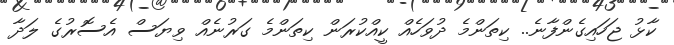
ކާޅު ޖަހައިގެންފާނެ.. ކިތަންމެ ދުވަހެއް ކީއްކުރަން ކިތަންމެ ގަރުނެއް ވިޔަސް އެސޮރުގެ ލަދާ